Notes on the propagation and cultivation of the medicinal cinchonas, or Peruvian bark trees
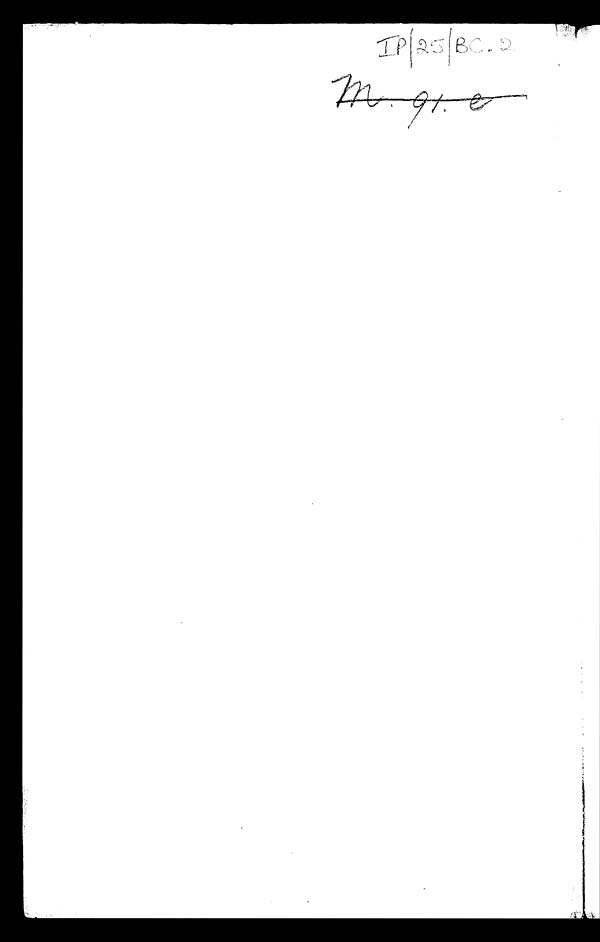
I p / 2 5 / B C . 2
m . 9 1 . e